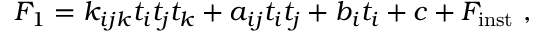
{ \cal F } _ { 1 } = k _ { i j k } t _ { i } t _ { j } t _ { k } + a _ { i j } t _ { i } t _ { j } + b _ { i } t _ { i } + c + { \cal F } _ { \mathrm { i n s t } } \ ,